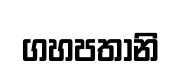
ගහපතානි